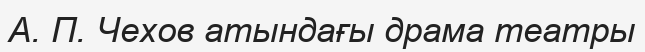
А. П. Чехов атындағы драма театры